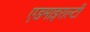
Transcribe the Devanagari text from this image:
एडमाइराल्टी